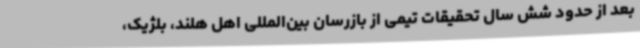
بعد از حدود شش سال تحقیقات تیمی از بازرسان بین‌المللی اهل هلند، بلژیک،